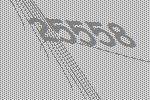
25558